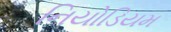
નિયોડિયમ